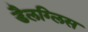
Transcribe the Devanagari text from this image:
डैलग्लिस